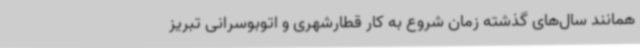
همانند سال‌های گذشته زمان شروع به کار قطارشهری و اتوبوسرانی تبریز